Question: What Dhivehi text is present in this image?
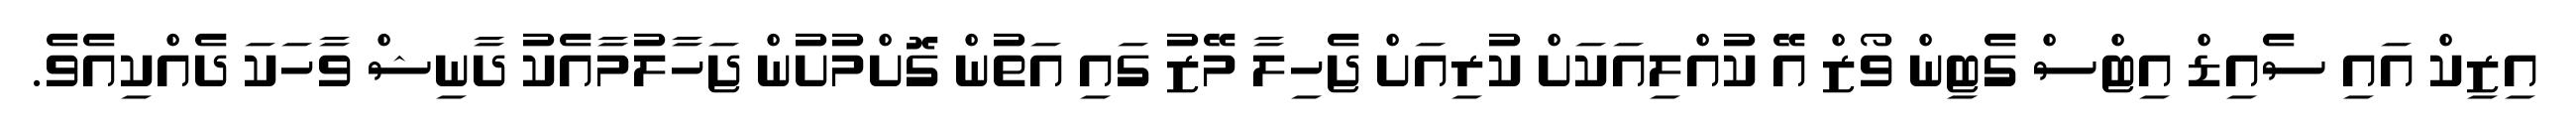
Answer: އިޒިކް އައި ސެއިޑް އިޓްސް ގެޓިން ވޯޒް އޭ ކުއްލިއަކަށް ކުރިއަށް ޖެހިލާ މޭޒު ގައި އަތުން ގޮށްމުށުން ޖަހާލުމާއެކު ދާނިޝް ވާހަކަ ދެއްކިއެވެ.